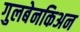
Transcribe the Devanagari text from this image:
गुलबेनकिअन